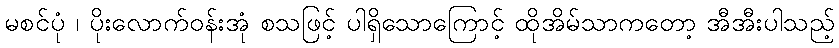
မစင်ပုံ ၊ ပိုးလောက်ဝန်းအုံ စသဖြင့် ပါရှိသောကြောင့် ထိုအိမ်သာကတော့ အီအီးပါသည့်